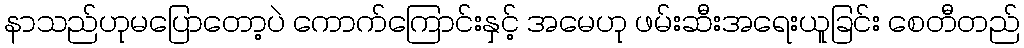
နာသည်ဟုမပြောတော့ပဲ ကောက်ကြောင်းနှင့် အမေဟု ဖမ်းဆီးအရေးယူခြင်း စေတီတည်